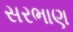
સરભાણ